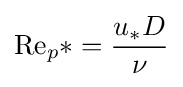
\mathrm {Re} _{p}*={\frac {u_{*}D}{\nu }}